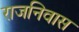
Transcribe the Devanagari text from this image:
राजनिवास